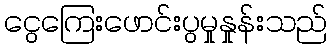
ငွေကြေးဖောင်းပွမှုနှုန်းသည်